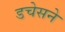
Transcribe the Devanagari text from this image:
डचेसने